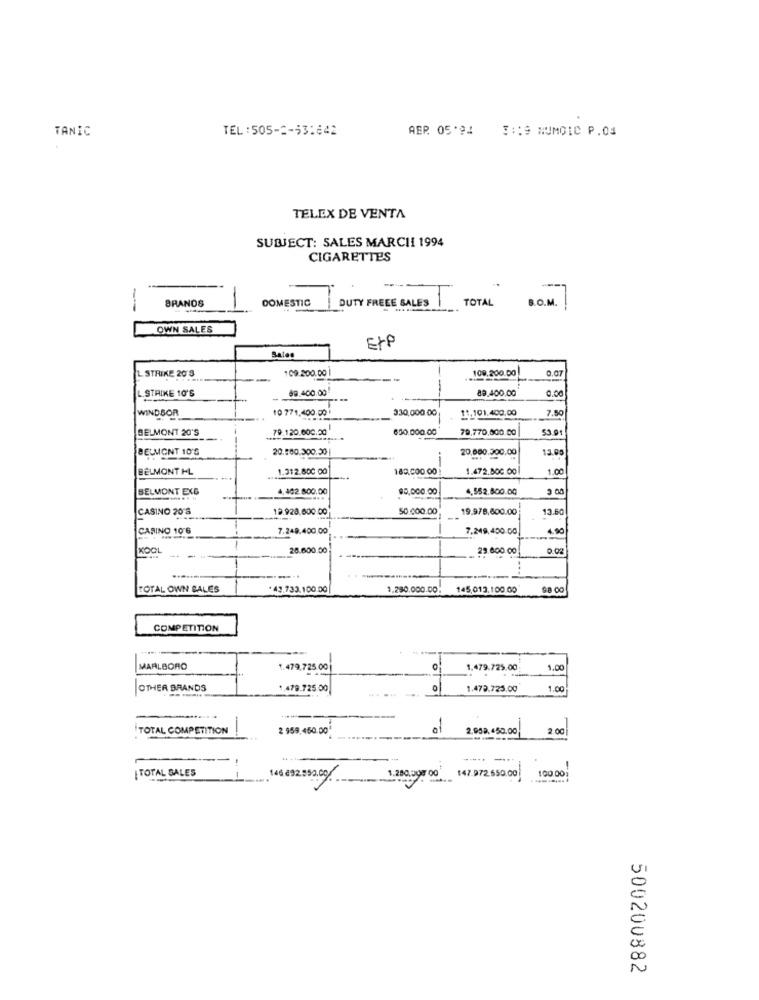
TANIC
TEL:505-2-531642
ABP. 05.94 3:19 NUMCIC P.04
TELEX DE VENTA
SUBJECT: SALES MARCHI 1994
CIGARETTES
DOMESTIC
DUTY FREEE SALES
TOTAL
B.O.M.
BRANDS
-
OWN SALES
EtP
Sales
L STRIKE 20'S
109.200.00
109.200.00
0.07
.STRIKE 10'S
69.400.00
-
89.400.00
0.00
WINDSOR
10 771,400.00
330,000.00
11,101.400,00
7.50
BELMONT 20'S
79.120.000.20
600.000.00
79,770,000.00
53.91
BELMONT 10'S
20,000.300.00
13.05
BELMONT HL
1.312.800 00
180.000.00
1.472.800.00
1.00
BELMONT EXG
4,462.800.00
95,000.00
4,552.800.00
CASINO 20'S
12.928,600.00
50.000.00
19.978,600.00
13.60
CASINO 106
7.249.400.00
7.249,400.00
---
KOOL
-
28.600.00
29.000 00
0.02
--
TOTAL OWN CALES
43.733.100.00
1.280.000.00:
145,013.100.00*
COMPETITION
-
MARLBORO
1.479.725.00
0
1.479.725.00
1.00
OTHER BRANDS
1.479.725.00
0
1.472.725.00
1.00
TOTAL COMPETITION
2 959.450.00
of
2.959.450.00
2.00
...
TOTAL SALES
1.200,000 00
100.001
--
146 892.952.00
147.972.550.00
500200882